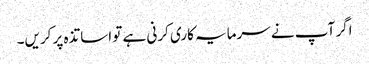
اگر آپ نے سرمایہ کاری کرنی ہے تو اساتذہ پر کریں۔